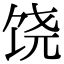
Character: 饶